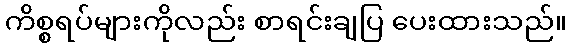
ကိစ္စရပ်များကိုလည်း စာရင်းချပြ ပေးထားသည်။